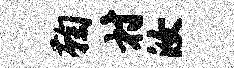
鞠村汝